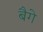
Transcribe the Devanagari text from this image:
बैगे